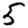
Digit: 5